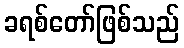
ခရစ်တော်ဖြစ်သည်